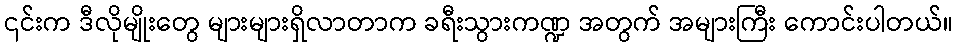
၎င်းက ဒီလိုမျိုးတွေ များများရှိလာတာက ခရီးသွားကဏ္ဍ အတွက် အများကြီး ကောင်းပါတယ်။